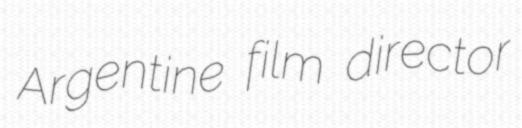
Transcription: Argentine film director